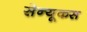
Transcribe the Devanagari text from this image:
सेन्यूकस